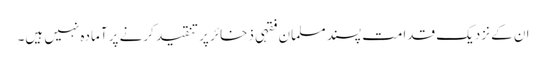
ان کے نزدیک قدامت پسند مسلمان فقہی ذخائر پر تنقید کرنے پر آمادہ نہیں ہیں۔